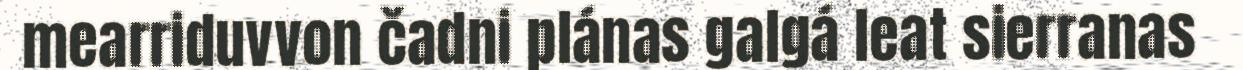
mearriduvvon čadni plánas galgá leat sierranas